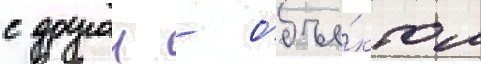
с другои - объе́ктом